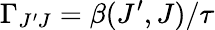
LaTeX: \Gamma_{J^{\prime}J}=\beta(J^{\prime},J)/\tau